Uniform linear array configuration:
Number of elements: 24
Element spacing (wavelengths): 0.5
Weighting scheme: kaiser
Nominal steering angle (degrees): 30
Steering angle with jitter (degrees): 30.329
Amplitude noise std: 0.05
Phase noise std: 0.05

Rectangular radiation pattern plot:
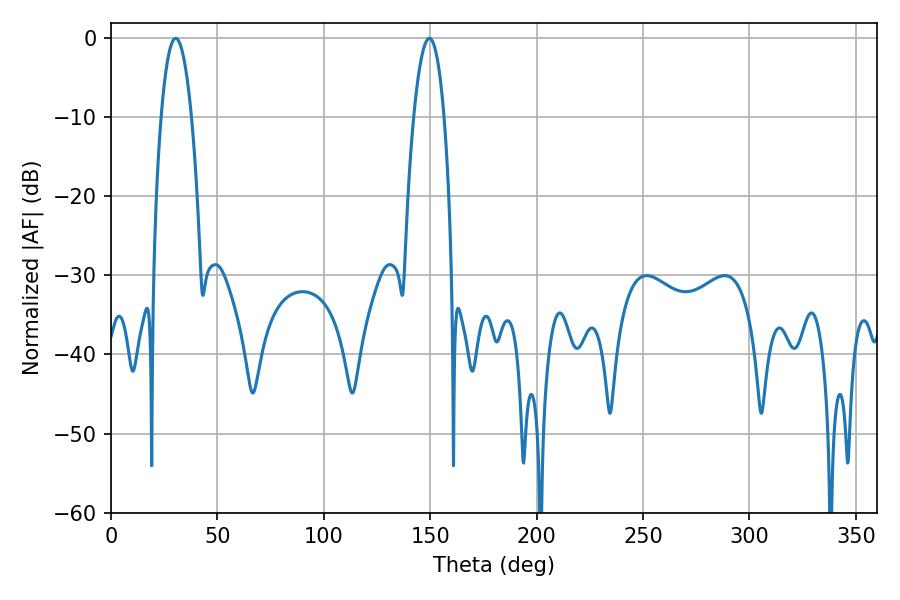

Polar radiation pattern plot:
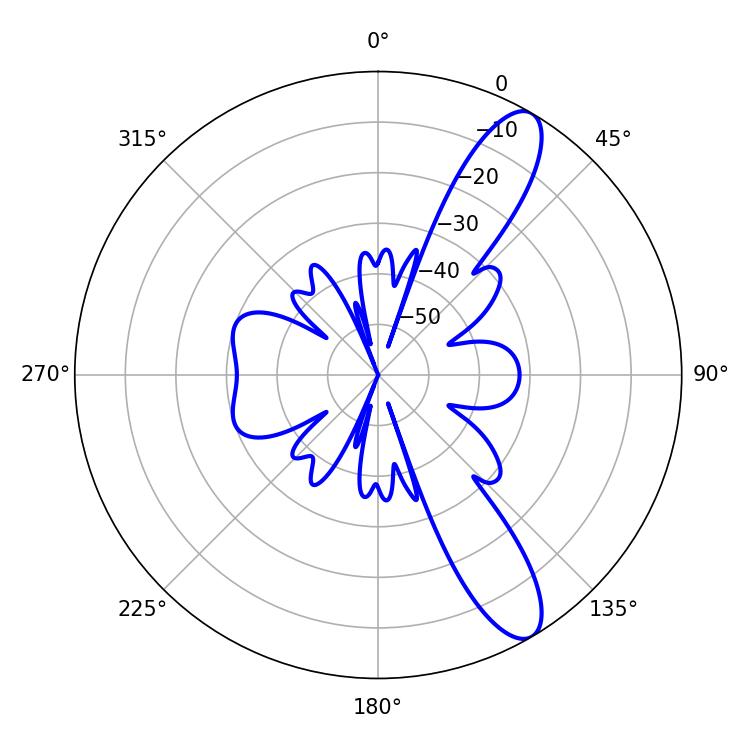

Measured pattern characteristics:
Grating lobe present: FALSE
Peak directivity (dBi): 11.251
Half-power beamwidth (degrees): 7.92
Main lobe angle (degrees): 30.42